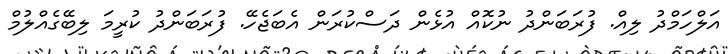
އަލްހަމްދު ލިއް. ފުރަބަންދު ނުކޮއް އުޅެން ދަސްކުރަން އެބަޖެހޭ. ފުރަބަންދު ކުރީމަ ލިބޭގެއްލުމް